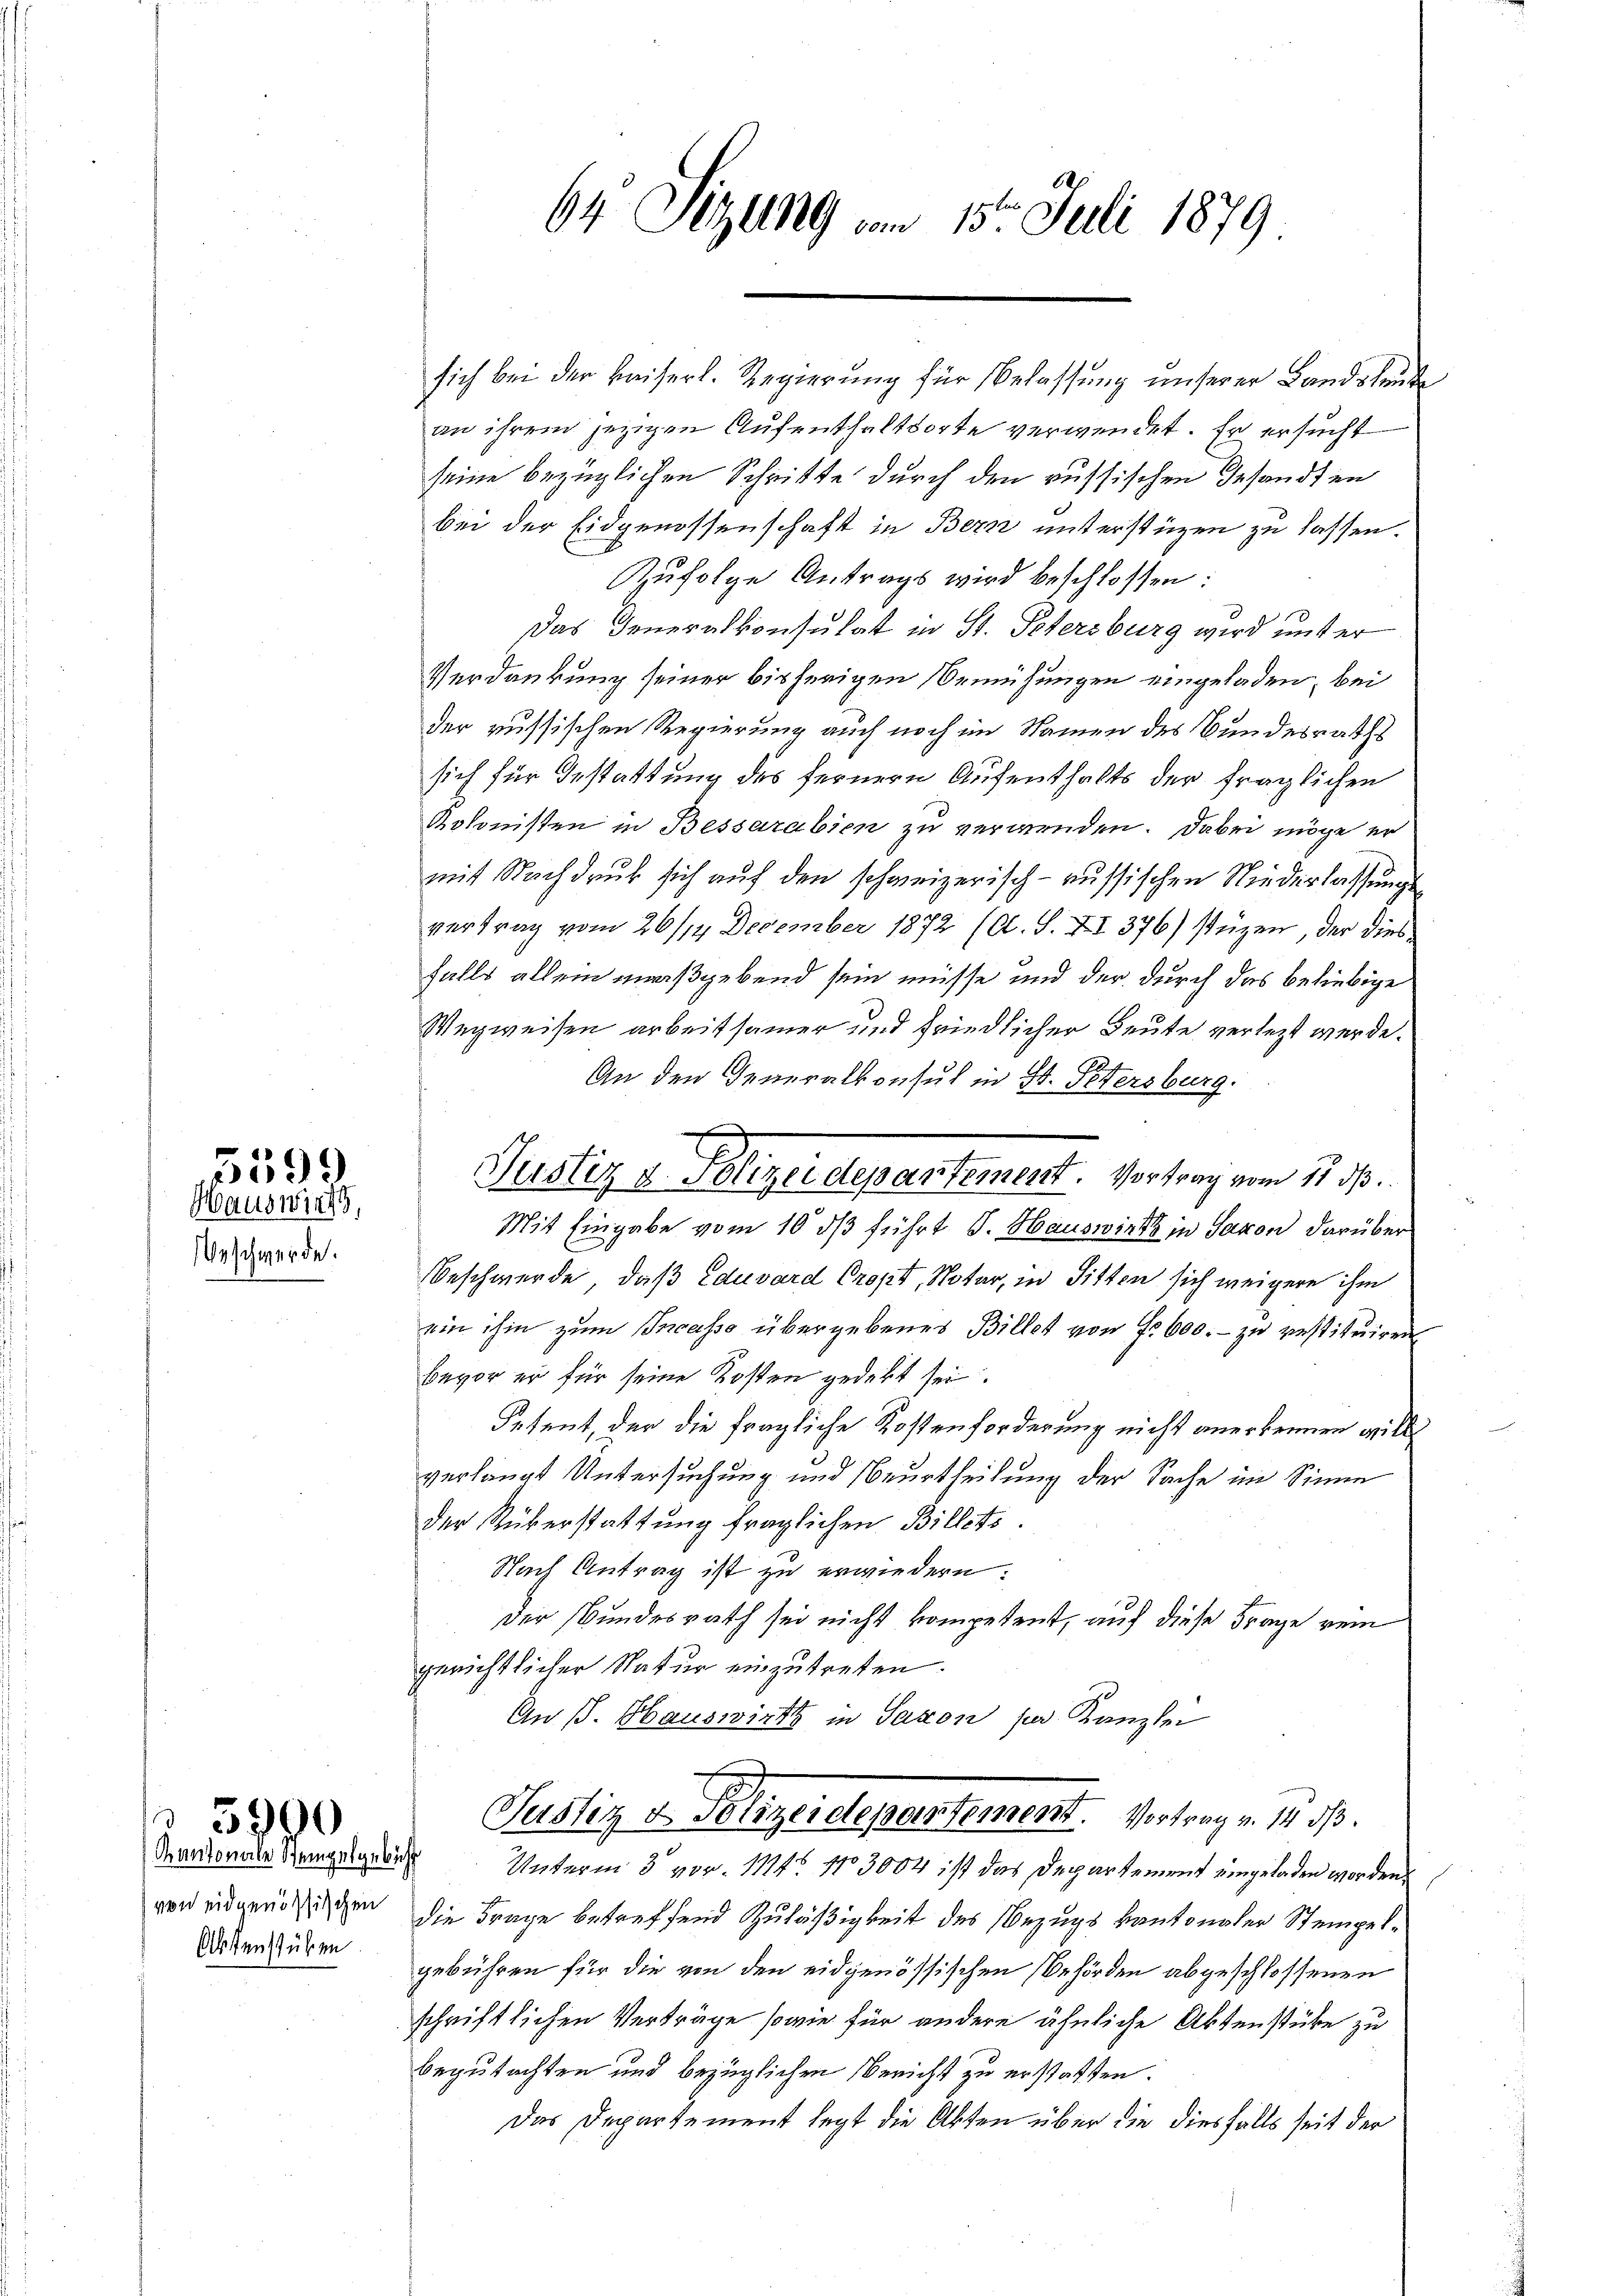
5599
Haus wird,

Geschwerde.

Kantonale Stempelgebühr
von eidgenössischen
Aktenstühren

5990

64 Sizung vom 15. Juli 1879

sich bei der Kaiserl. Regierung für Belassung unserer Landsleute
an ihrem jezigen Aufenthaltsorte verwendet. Er ersucht
seine bezüglichen Schnitte durch den russischen Gesandten
bei der Eidgenossenschaft in Bern unterstüzen zu lassen.
Zufolge Antrags wird beschlossen:
d
Das Generalkonsulat in St. Petersburg wird unter
Verdankung seiner bisherigen Bemühungen eingeladen, bei
der russischen Regierung auch noch im Namen des Bundesraths
sich für Gestattung des fernern Aufenthalts der fraglichen
Kolonisten in Bessarabien zu verwenden. Dabei möge er
mit Nachdruck sich auf den schweizerisch-russischen Niederlassungs
vertrag vom 26/12 December 1872 (O. S. XI 376) stüzen, der diesfalls allein maßgebend sein müsse und der durch das beliebige
Wegweisen arbeitsamer und friedlicher Beute verletzt werde.
An den Generalkonsul in St. Petersburg.
Mit Eingabe vom 10. ds führt S. Hauswirkt in Savon darüber
Beschwerde, daß Eduard Cropt, Notar, in Sitten sich weigere ihm
ein ihm zum Incasso übergebenes Billet von Fr. 600. - zu restituiren
bevor er für seine Kosten gedekt sei.
Petent, der die fragliche Kostenforderung nicht anerkennen will
verlangt Untersuchung und Beurtheilung der Sache im Sinne
der Rüberstattung fraglichen Billets.
Nach Antrag ist zu erwiedern.
der Bundesrath sei nicht kompetent, auf diese Frage rein
gerichtlicher Natur einzutreten.
An s. Hauswirt in Saxon per Kanzler
Justiz v. Polizeidepartement. Vortrag v. 14. d.
Unterm 3 vor. 1114. 103004 ist das Departement eingeladen worden.
die Frage betreffend Zuläßigkeit des Bezugs kantonaler Stempelgebühren für die von den eidgenössischen Behörden abgeschlossenen
schriftlichen Verträge sowie für andere ähnliche Aktenstüke zu
begutachten und bezüglichen Bericht zu erstatten.
Das Departement legt die Akten über die diesfalls seit der

Justiz & Polizeidepartement. Vortrag vom 11 d.